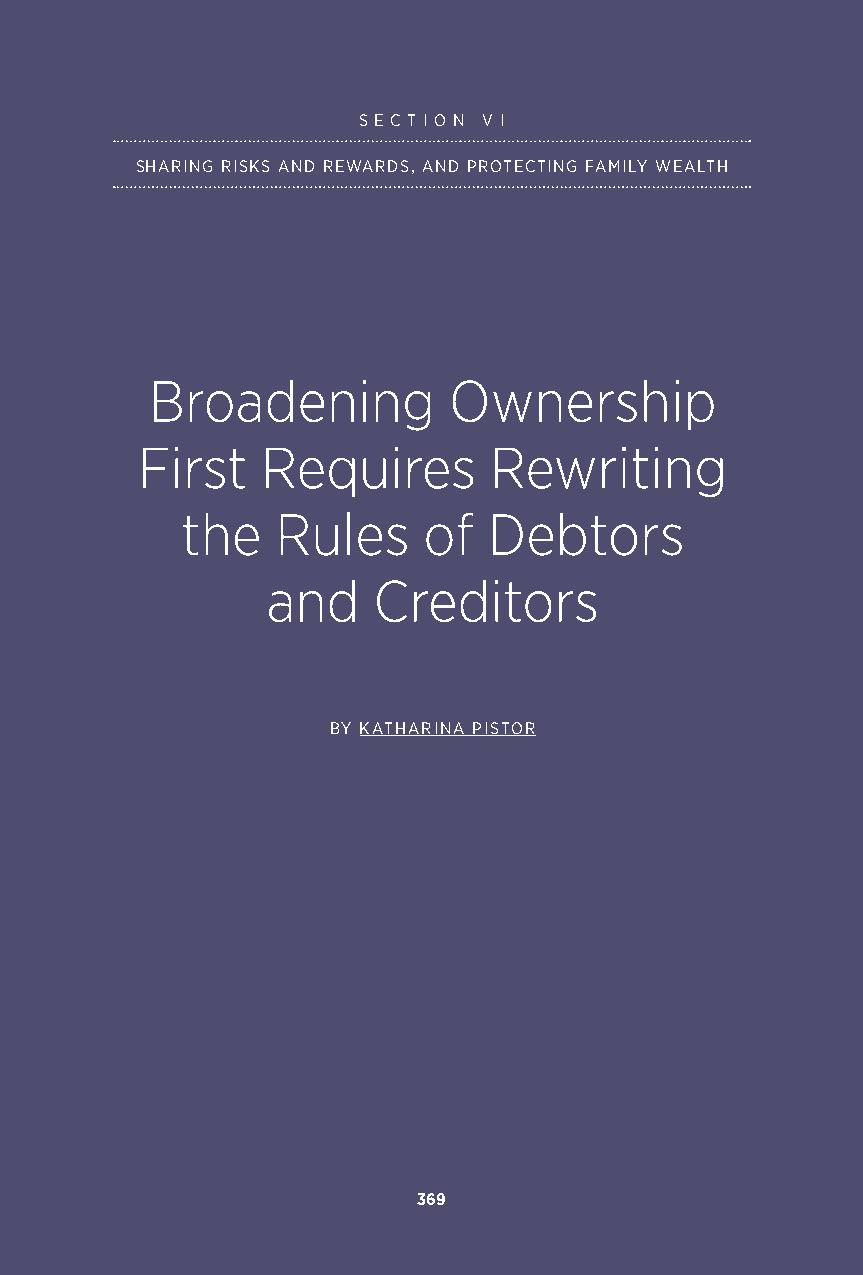
S E C T I O N V I
 SHARING RISKS AND REWARDS, AND PROTECTING FAMILY WEALTH
 Broadening          Ownership
 First   Requires       Rewriting
 the   Rules     of  Debtors
 and    Creditors
 BY KATHARINA PISTOR
 369